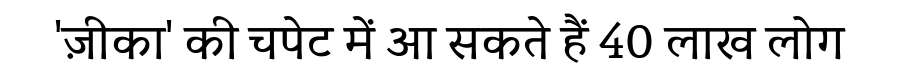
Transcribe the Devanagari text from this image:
'ज़ीका' की चपेट में आ सकते हैं 40 लाख लोग